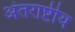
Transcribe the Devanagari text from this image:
अंतराष्टीय